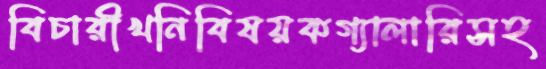
বিচারীখনিবিষয়কগ্যালারিসহ